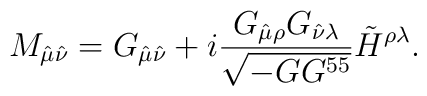
M_{\hat\mu\hat\nu} = G_{\hat\mu\hat\nu} + i {G_{\hat\mu \rho} G_{\hat\nu\lambda}\over \sqrt{- GG^{55}}} \tilde{H}^{\rho\lambda}.